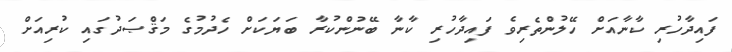
ފައިދާހުރި ކާނާއަށް ހޭލުންތެރިވެ ފައިދާހުރި ކާނާ ބޭނުންކުރާ ބަޔަކަށް ހެދުމުގެ މަޤްޞަދުގައި ކުރިއަށް